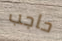
حاجب